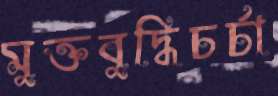
মুক্তবুদ্ধিচর্চা